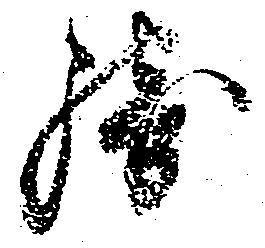
騎